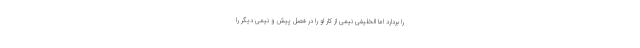
را بردارد اما الخلیفی نیمی از کار او را در فصل پیش و نیمی دیگر را